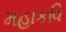
મહાકવિ